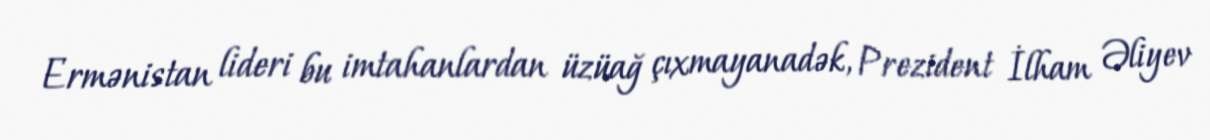
Ermənistan lideri bu imtahanlardan üzüağ çıxmayanadək, Prezident İlham Əliyev